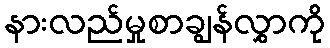
နားလည်မှုစာချွန်လွှာကို